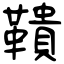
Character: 鞼